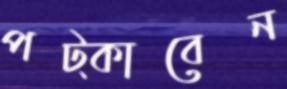
পট্‌কাবেন